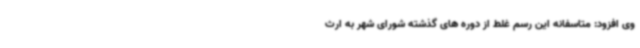
وی افزود: متاسفانه این رسم غلط از دوره های گذشته شورای شهر به ارث